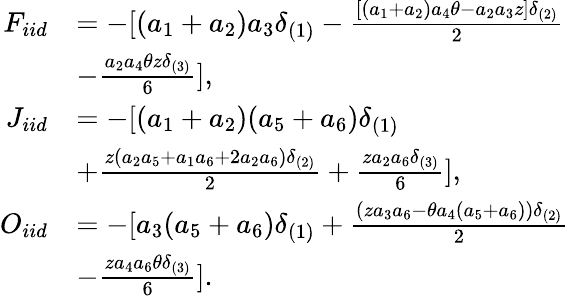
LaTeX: \begin{array}{rl}{F_{iid}}&{=-[(a_{1}+a_{2})a_{3}\delta_{(1)}-\frac{[(a_{1}+a_{2})a_{4}\theta-a_{2}a_{3}z]\delta_{(2)}}{2}}\\ &{-\frac{a_{2}a_{4}\theta z\delta_{(3)}}{6}],}\\ {J_{iid}}&{=-[(a_{1}+a_{2})(a_{5}+a_{6})\delta_{(1)}}\\ &{+\frac{z(a_{2}a_{5}+a_{1}a_{6}+2a_{2}a_{6})\delta_{(2)}}{2}+\frac{za_{2}a_{6}\delta_{(3)}}{6}],}\\ {O_{iid}}&{=-[a_{3}(a_{5}+a_{6})\delta_{(1)}+\frac{(za_{3}a_{6}-\theta a_{4}(a_{5}+a_{6}))\delta_{(2)}}{2}}\\ &{-\frac{za_{4}a_{6}\theta\delta_{(3)}}{6}].}\end{array}